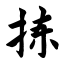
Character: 拣